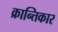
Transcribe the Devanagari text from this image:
क्रान्तिकार